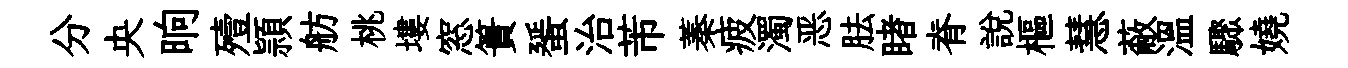
分央晌殪頴舫桃塿窓簣蜑治芾蓁疲濁恶胠睹脊說樞慧蔽温驟嬈